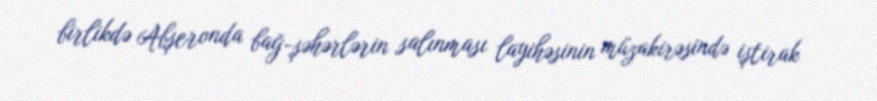
birlikdə Abşeronda bağ-şəhərlərin salınması layihəsinin müzakirəsində iştirak